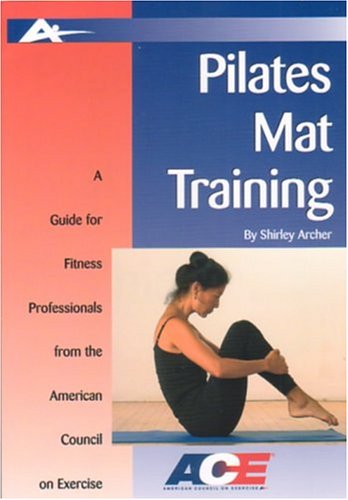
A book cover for Pilates Mat Training: A Guide for Fitness Professionals from the American Council on Exercise (Guides for Fitness Professionals); Shirley Sugimura Archer; Health, Fitness & Dieting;